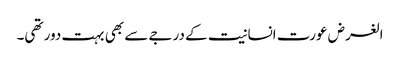
الغرض عورت انسانیت کے درجے سے بھی بہت دور تھی۔